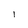
Character: l